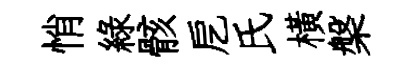
悄綠骸戹氏橫槃